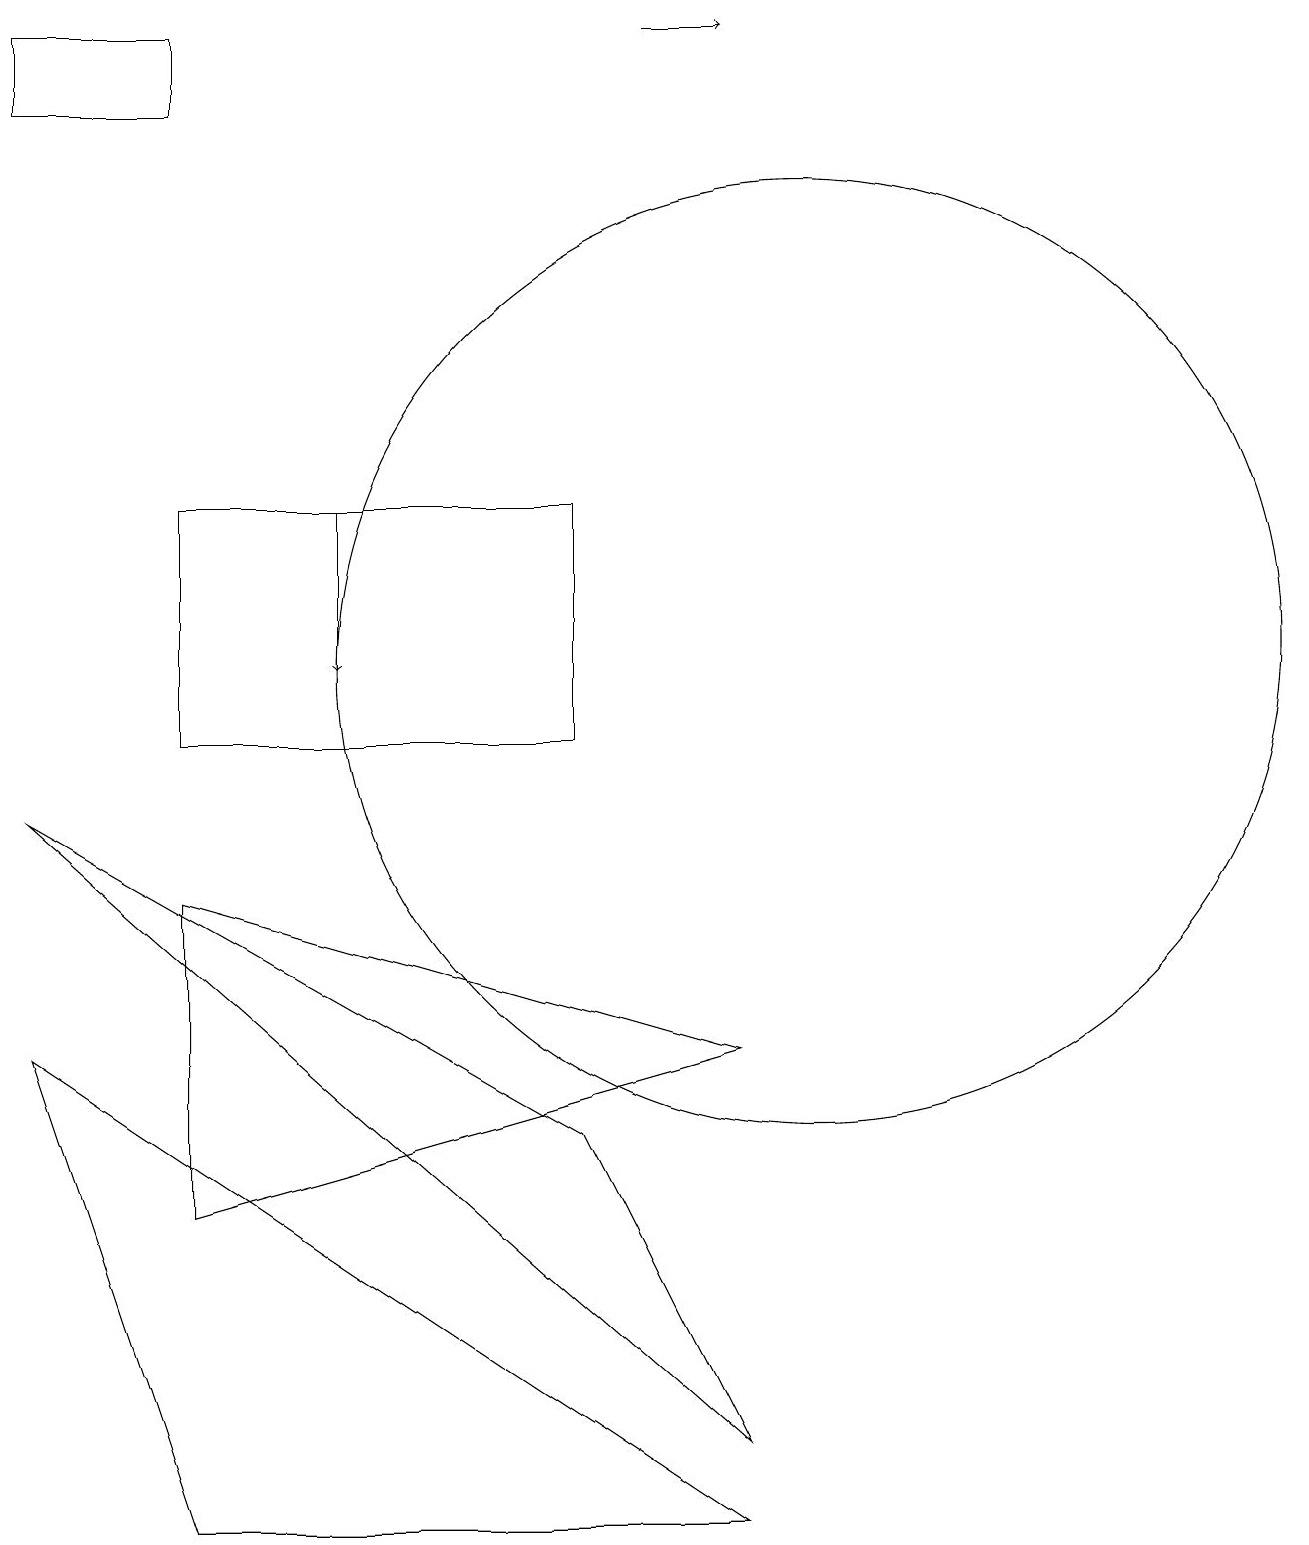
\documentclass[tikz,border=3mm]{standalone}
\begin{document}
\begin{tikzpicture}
\draw (2,19) rectangle (0,18);
\draw (7,5) -- (9,1) -- (0,9) -- cycle;
\draw[->] (4,13) -- (4,11);
\draw (2,13) rectangle (7,10);
\draw (9,0) -- (2,0) -- (0,6) -- cycle;
\draw (2,4) -- (2,8) -- (9,6) -- cycle;
\draw[->] (8,19) -- (9,19);
\draw (10,11) circle (6);
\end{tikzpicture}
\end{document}